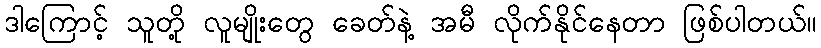
ဒါကြောင့် သူတို့ လူမျိုးတွေ ခေတ်နဲ့ အမီ လိုက်နိုင်နေတာ ဖြစ်ပါတယ်။